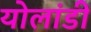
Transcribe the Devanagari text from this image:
योलांडी